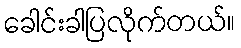
ခေါင်းခါပြလိုက်တယ်။